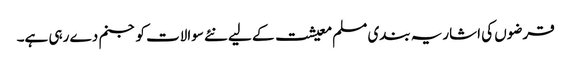
قرضوں کی اشاریہ بندی مسلم معیشت کے لیے نئے سوالات کو جنم دے رہی ہے۔